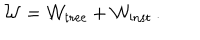
LaTeX: { \cal W } = { \cal W } _ { \mathrm { t r e e } } + { \cal W } _ { \mathrm { i n s t } } \, .